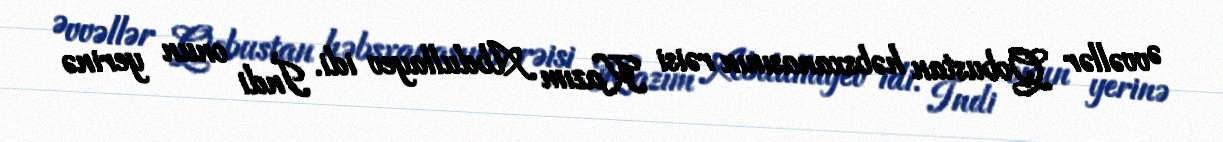
Əvvəllər Qobustan həbsxanasının rəisi Kazım Abdullayev idi. İndi onun yerinə